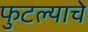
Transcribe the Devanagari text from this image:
फुटल्याचे